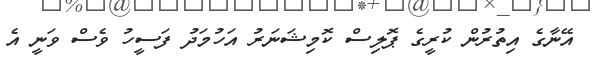
އޭނާގެ އިތުރުން ކުރީގެ ޕޮލިސް ކޮމިޝަނަރު އަހުމަދު ފަސީހު ވެސް ވަނީ އެ